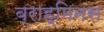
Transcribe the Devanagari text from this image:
ब्राह्मिनस